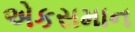
એકસમાન